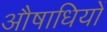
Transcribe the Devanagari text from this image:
औषाधियों